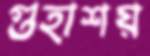
গুহাশয়